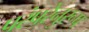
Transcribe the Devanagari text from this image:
परंपरेनुरूप